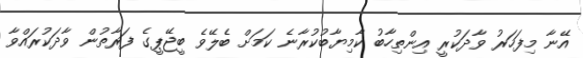
އޭނާ މިފަހަރު ވާދަކުރީ އިންތިހާބު ކާމިޔާބުކުރާނެ ކަމަށް ބެލޭވެ ބީޖޭޕީގެ ފަރާތުން ވާދަކުރައްވާ